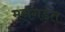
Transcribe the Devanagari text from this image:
मनगड़ंत